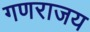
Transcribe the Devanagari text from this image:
गणराजय